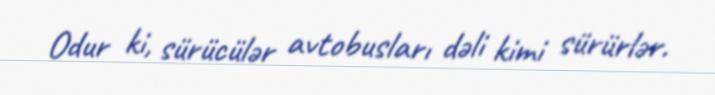
Odur ki, sürücülər avtobusları dəli kimi sürürlər.